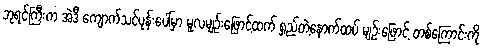
ဘုရင်ကြီးက အဲဒီ ကျောက်သင်ပုန်းပေါ်မှာ မူလမျဉ်းဖြောင့်ထက် ရှည်တဲ့နောက်ထပ် မျဉ်းဖြောင့် တစ်ကြောင်းကို